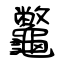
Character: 龞